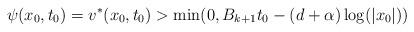
LaTeX: \begin{align*}\psi(x_0,t_0) = v^*(x_0,t_0) > \min(0,B_{k+1} t_0 -(d+\alpha) \log(|x_0|))\end{align*}